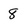
Character: 8